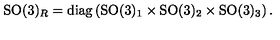
\mathrm { S O } ( 3 ) _ { R } = \mathrm { d i a g } \left( \mathrm { S O } ( 3 ) _ { 1 } \times \mathrm { S O } ( 3 ) _ { 2 } \times \mathrm { S O } ( 3 ) _ { 3 } \right) .